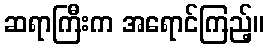
ဆရာကြီးက အရောင်ကြည့်။